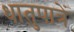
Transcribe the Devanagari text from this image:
धातुपात्रें